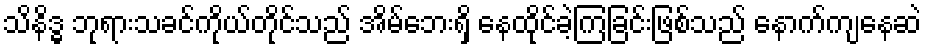
သိနိဒ္ဓ ဘုရားသခင်ကိုယ်တိုင်သည် အိမ်ဘေးရှိ နေထိုင်ခဲ့ကြခြင်းဖြစ်သည် နောက်ကျနေဆဲ